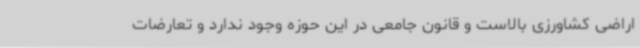
اراضی کشاورزی بالاست و قانون جامعی در این حوزه وجود ندارد و تعارضات